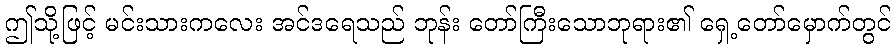
ဤသို့ဖြင့် မင်းသားကလေး အင်ဒရေသည် ဘုန်း တော်ကြီးသောဘုရား၏ ရှေ့တော်မှောက်တွင်